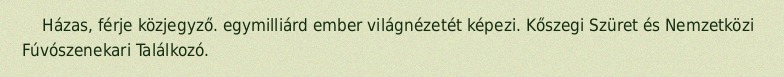
Házas, férje közjegyző. egymilliárd ember világnézetét képezi. Kőszegi Szüret és Nemzetközi Fúvószenekari Találkozó.